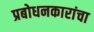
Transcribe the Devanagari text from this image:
प्रबोधनकारांचा